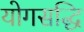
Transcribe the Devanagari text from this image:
योगसद्धि